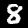
Label: 8